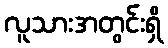
လူသားအတွင်းရှိ